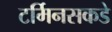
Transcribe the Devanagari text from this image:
टर्मिनसकडे